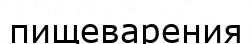
пищеварения